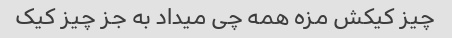
چیز کیکش مزه همه چی میداد به جز چیز کیک